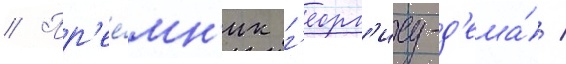
// Пр'ее́мн'ик г'еорг'иу-д'ежа́ /